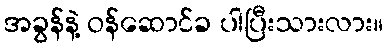
အခွန်နဲ့ ဝန်ဆောင်ခ ပါပြီးသားလား။